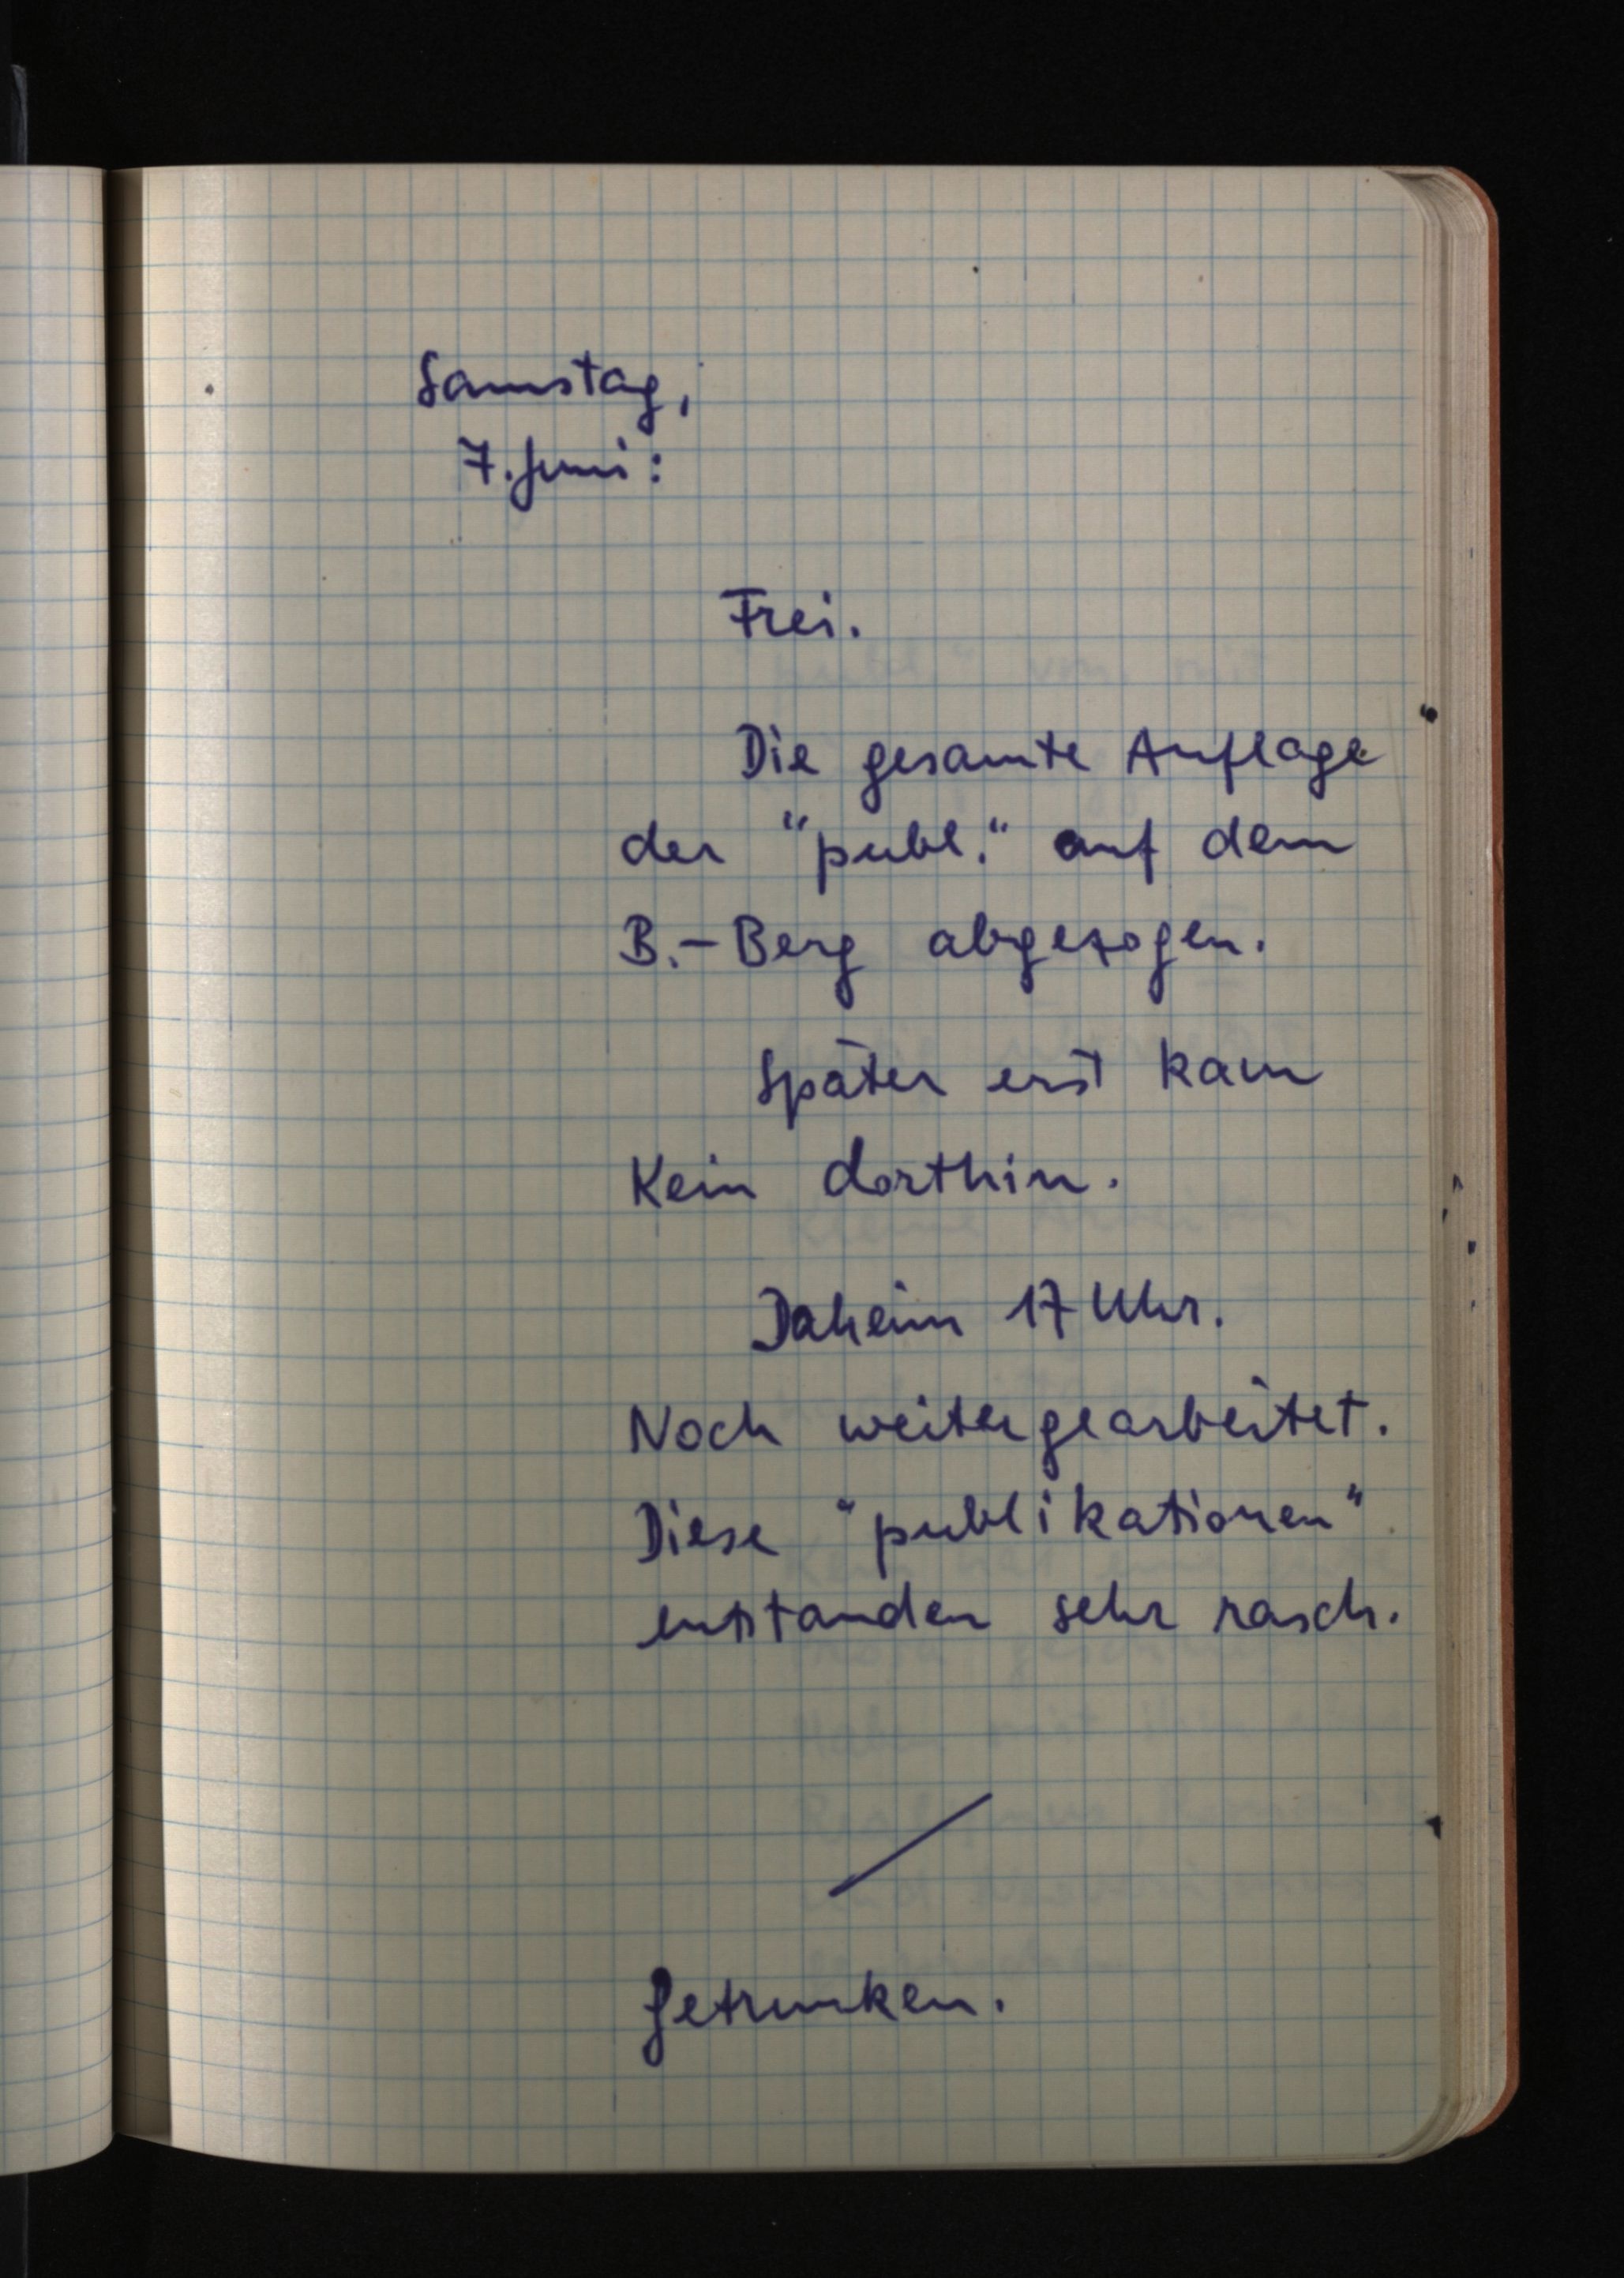
Samstag,
7. Juni:
Frei.
Die gesamte Auflage
der "publ." auf dem
B.-Berg abgezogen.
Später erst kam
Kein dorthin.
Daheim 17 Uhr.
Noch weitergearbeitet.
Diese "publikationen"
entstanden sehr rasch.
Getrunken.